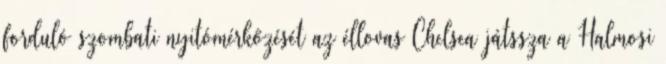
forduló szombati nyitómérkőzését az éllovas Chelsea játssza a Halmosi